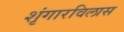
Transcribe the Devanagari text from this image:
शृंगारविलास